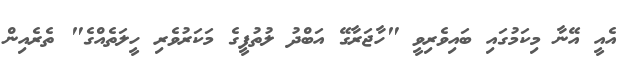
އެއީ އޭނާ މިކަމުގައި ބައިވެރިވީ "ހާޖަރާގޭ އަބްދު ލުތުފީގެ މަކަރުވެރި ހީލަތެއްގެ" ތެރެއިން